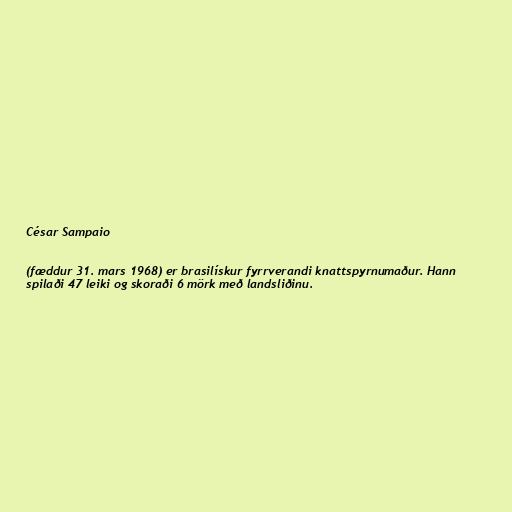
César Sampaio

(fæddur 31. mars 1968) er brasilískur fyrrverandi knattspyrnumaður. Hann
spilaði 47 leiki og skoraði 6 mörk með landsliðinu.